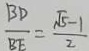
\frac { B D } { B E } = \frac { \sqrt { 5 } - 1 } { 2 }